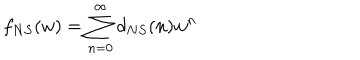
f _ { N S } ( w ) = \sum _ { n = 0 } ^ { \infty } d _ { N S } ( n ) w ^ { n }